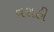
વરાહી